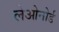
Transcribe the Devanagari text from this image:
लेओनोर्ड